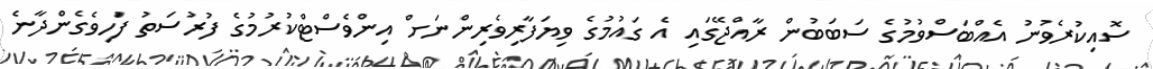
ސޮއިކުރެވުނު އެއްބަސްވުމުގެ ސަބަބުން ރާއްޖޭގައި އެ ގައުމުގެ ވިޔަފާރިވެރިންނަށް އިންވެސްޓްކުރުމުގެ ފުރުސަތު ފަހިވެގެންދާނެ